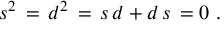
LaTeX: s ^ { 2 } \, = \, d ^ { 2 } \, = \, s \, d + d \, s \, = 0 \ .